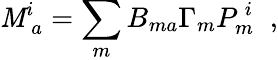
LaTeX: \mathit{M}_{~a}^{i}=\sum_{m}B_{ma}\Gamma_{m}P_{m}^{~i}\; \; ,